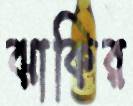
ঝাকির